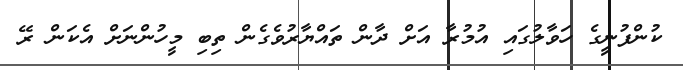
ކުންފުނީގެ ހަވާލުގައި އުމުރާ އަށް ދާން ތައްޔާރުވެގެން ތިބި މީހުންނަށް އެކަން ރޭ